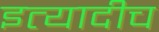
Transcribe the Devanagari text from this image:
इत्यादीच